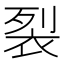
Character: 裂